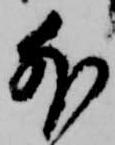
外